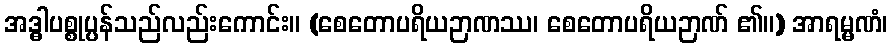
အဒ္ဓါပစ္စုပ္ပန်သည်လည်းကောင်း။ (စေတောပရိယဉာဏဿ၊ စေတောပရိယဉာဏ် ၏။) အာရမ္မဏံ၊